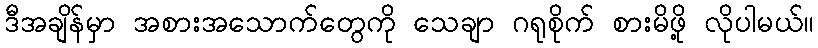
ဒီအချိန်မှာ အစားအသောက်တွေကို သေချာ ဂရုစိုက် စားမိဖို့ လိုပါမယ်။